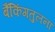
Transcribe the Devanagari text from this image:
बैंकिंगतुलना